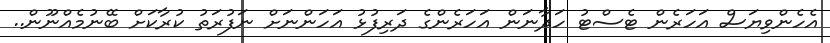
އެހެންވިޔަސް އަހަރެން ޓެސްޓު ހަދާނަން އަހަރެންގެ ދަރިފުޅު އަހަންނަށް ނަފުރަތު ކުރާކަށް ބޭނުމެއްނޫން..